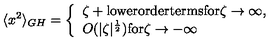
\langle x ^ { 2 } \rangle _ { G H } = \left\{ \begin{array} { l } { \zeta + \mathrm { l o w e r o r d e r t e r m s f o r } \zeta \to \infty , } \\ { O ( | \zeta | ^ { \frac 1 2 } ) \mathrm { f o r } \zeta \to - \infty } \\ \end{array} \right.